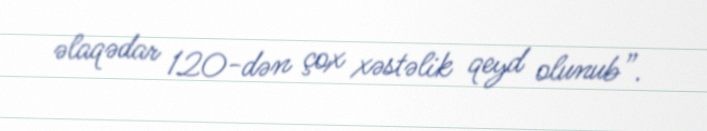
əlaqədar 120-dən çox xəstəlik qeyd olunub”.